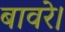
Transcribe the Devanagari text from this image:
बावरे।